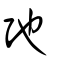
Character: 弛